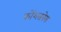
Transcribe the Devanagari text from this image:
कोंशसनेस